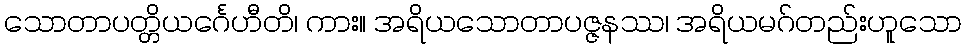
သောတာပတ္တိယင်္ဂေဟီတိ၊ ကား။ အရိယသောတာပဇ္ဇနဿ၊ အရိယမဂ်တည်းဟူသော